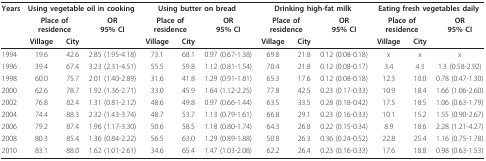
<table><thead><tr><td><b>Years</b></td><td colspan="3"><b>Using vegetable oil in cooking</b></td><td colspan="3"><b>Using butter on bread</b></td><td colspan="3"><b>Drinking high-fat milk</b></td><td colspan="3"><b>Eating fresh vegetables daily</b></td></tr><tr><td></td><td colspan="2"><b>Place of residence</b></td><td><b>OR95% CI</b></td><td colspan="2"><b>Place of residence</b></td><td><b>OR95% CI</b></td><td colspan="2"><b>Place of residence</b></td><td><b>OR95% CI</b></td><td colspan="2"><b>Place of residence</b></td><td><b>OR95% CI</b></td></tr><tr><td></td><td><b>Village</b></td><td><b>City</b></td><td></td><td><b>Village</b></td><td><b>City</b></td><td></td><td><b>Village</b></td><td><b>City</b></td><td></td><td><b>Village</b></td><td><b>City</b></td><td></td></tr></thead><tbody><tr><td>1994</td><td>19.6</td><td>42.6</td><td>2.85 (1.95-4.18)</td><td>73.1</td><td>68.1</td><td>0.97 (0.67-1.38)</td><td>69.8</td><td>21.8</td><td>0.12 (0.08-0.18)</td><td>x</td><td>x</td><td>x</td></tr><tr><td>1996</td><td>39.4</td><td>67.4</td><td>3.23 (2.31-4.51)</td><td>55.5</td><td>59.8</td><td>1.12 (0.81-1.54)</td><td>70.4</td><td>21.8</td><td>0.12 (0.08-0.17)</td><td>3.4</td><td>4.3</td><td>1.3 (0.58-2.92)</td></tr><tr><td>1998</td><td>60.0</td><td>75.7</td><td>2.01 (1.40-2.89)</td><td>31.6</td><td>41.8</td><td>1.29 (0.91-1.81)</td><td>65.3</td><td>17.6</td><td>0.12 (0.08-0.18)</td><td>12.3</td><td>10.0</td><td>0.78 (0.47-1.30)</td></tr><tr><td>2000</td><td>62.6</td><td>78.7</td><td>1.92 (1.36-2.71)</td><td>33.0</td><td>45.9</td><td>1.64 (1.12-2.25)</td><td>77.8</td><td>42.5</td><td>0.23 (0.17-0.33)</td><td>10.9</td><td>18.4</td><td>1.66 (1.06-2.60)</td></tr><tr><td>2002</td><td>76.8</td><td>82.4</td><td>1.31 (0.81-2.12)</td><td>48.6</td><td>49.8</td><td>0.97 (0.66-1.44)</td><td>63.5</td><td>33.5</td><td>0.28 (0.18-0.42)</td><td>17.5</td><td>18.5</td><td>1.06 (0.63-1.79)</td></tr><tr><td>2004</td><td>74.4</td><td>88.3</td><td>2.32 (1.43-3.74)</td><td>48.7</td><td>53.7</td><td>1.13 (0.79-1.61)</td><td>66.8</td><td>29.1</td><td>0.23 (0.16-0.33)</td><td>10.1</td><td>15.2</td><td>1.55 (0.90-2.67)</td></tr><tr><td>2006</td><td>79.2</td><td>87.4</td><td>1.96 (1.17-3.30)</td><td>50.6</td><td>58.5</td><td>1.18 (0.80-1.74)</td><td>64.3</td><td>26.8</td><td>0.22 (0.15-0.34)</td><td>8.9</td><td>18.6</td><td>2.28 (1.21-4.27)</td></tr><tr><td>2008</td><td>80.3</td><td>85.4</td><td>1.36 (0.84-2.22)</td><td>56.5</td><td>63.0</td><td>1.29 (0.89-1.88)</td><td>50.8</td><td>26.3</td><td>0.36 (0.24-0.52)</td><td>22.8</td><td>25.4</td><td>1.16 (0.75-1.78)</td></tr><tr><td>2010</td><td>83.1</td><td>88.0</td><td>1.62 (1.01-2.61)</td><td>34.6</td><td>65.4</td><td>1.47 (1.03-2.08)</td><td>62.2</td><td>26.4</td><td>0.23 (0.16-0.33)</td><td>17.6</td><td>18.8</td><td>0.98 (0.63-1.53)</td></tr></tbody></table>